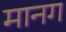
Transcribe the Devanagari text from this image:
मानग